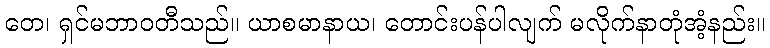
တေ၊ ရှင်မဘာဝတီသည်။ ယာစမာနာယ၊ တောင်းပန်ပါလျက် မလိုက်နာတုံအံ့နည်း။